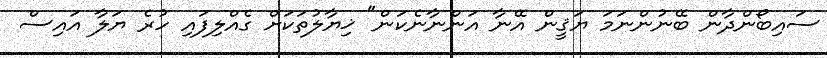
ސައިބޯންދާން ބޭނުންނަމަ ޔަޤީން އޭނާ އަންނާނެކަން" ޚިޔާލުތަކަށް ގެއްލިފައި ހުރެ ޔަލާ އައިސް